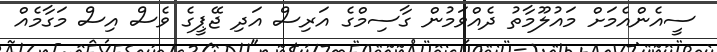
ސީއެންއެމަށް މައުލޫމާތު ދެއްވަމުން ގާސިމްގެ އަރިސް އަދި ޖޭޕީގެ ވެސް އިސް މަގާމެއް